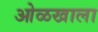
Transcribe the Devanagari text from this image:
ओळखाला